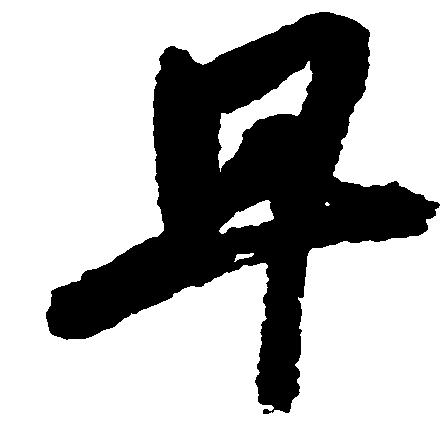
早